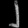
Digit: ၂